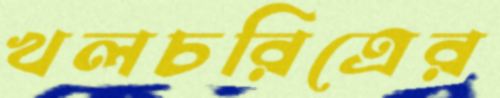
খলচরিত্রের